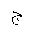
Letter: _gim